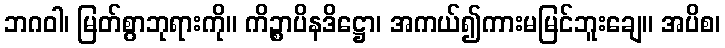
ဘဂဝါ၊ မြတ်စွာဘုရားကို။ ကိဉ္စာပိနဒိဋ္ဌော၊ အကယ်၍ကားမမြင်ဘူးချေ။ အပိစ၊